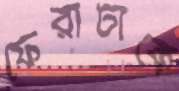
ফেরাটাকে